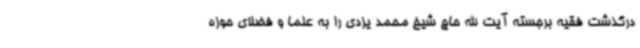
درگذشت فقیه برجسته آیت الله حاج شیخ محمد یزدی را به علما و فضلای حوزه